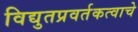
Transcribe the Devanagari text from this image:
विद्युतप्रवर्तकत्वाचे